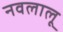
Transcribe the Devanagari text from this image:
नवलालू